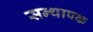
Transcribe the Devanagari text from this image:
सन्थापक